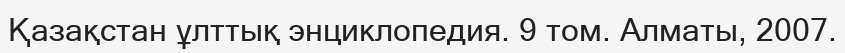
Қазақстан ұлттық энциклопедия. 9 том. Алматы, 2007.